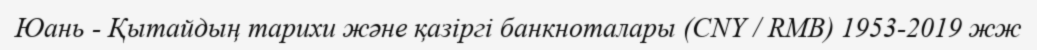
Юань - Қытайдың тарихи және қазіргі банкноталары (CNY / RMB) 1953-2019 жж